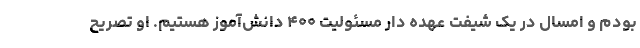
بودم و امسال در یک شیفت عهده دار مسئولیت ۴۰۰ دانش‌آموز هستیم. او تصریح